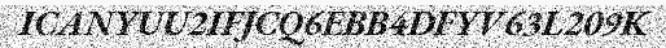
ICANYUU2IFJCQ6EBB4DFYV63L209K